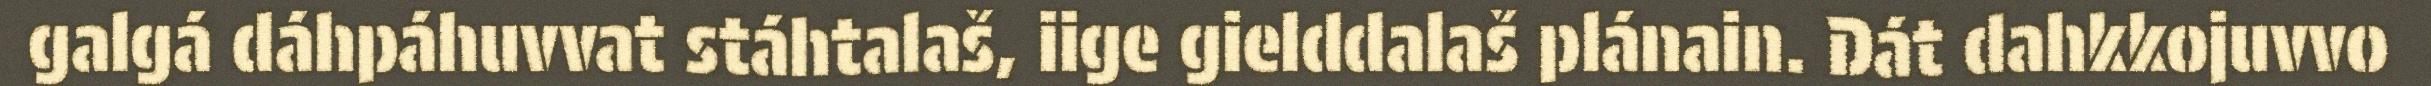
galgá dáhpáhuvvat stáhtalaš, iige gielddalaš plánain. Dát dahkkojuvvo